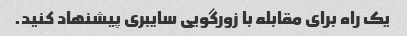
یک راه برای مقابله با زورگویی سایبری پیشنهاد کنید.